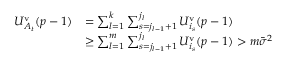
\begin{array} { r l } { U _ { A _ { t } } ^ { \mathrm { v } } ( p - 1 ) } & { = \sum _ { l = 1 } ^ { k } \sum _ { s = j _ { l - 1 } + 1 } ^ { j _ { l } } U _ { i _ { s } } ^ { \mathrm { v } } ( p - 1 ) } \\ & { \geq \sum _ { l = 1 } ^ { m } \sum _ { s = j _ { l - 1 } + 1 } ^ { j _ { l } } U _ { i _ { s } } ^ { \mathrm { v } } ( p - 1 ) > m \bar { \sigma } ^ { 2 } } \end{array}